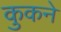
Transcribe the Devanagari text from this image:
कुकने